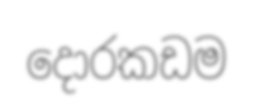
දොරකඩම